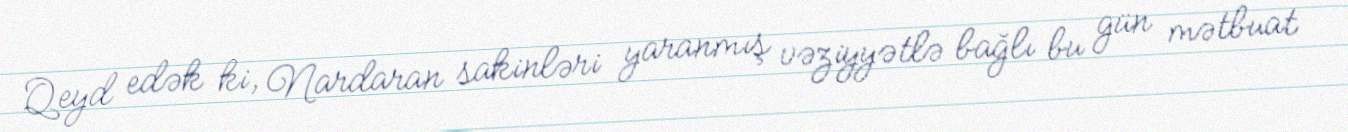
Qeyd edək ki, Nardaran sakinləri yaranmış vəziyyətlə bağlı bu gün mətbuat